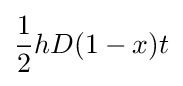
{\frac {1}{2}}hD(1-x)t